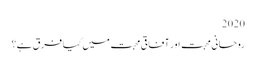
2020
روحانی محبت اور آفاقی محبت میں کیا فرق ہے؟